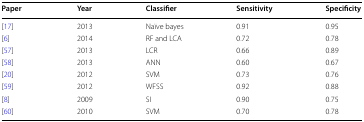
| Paper | Year | Classifier | Sensitivity | Specificity |
 | --- | --- | --- | --- | --- |
 | [17] | 2013 | Naïve bayes | 0.91 | 0.95 |
 | [6] | 2014 | RF and LCA | 0.72 | 0.78 |
 | [57] | 2013 | LCR | 0.66 | 0.89 |
 | [58] | 2013 | ANN | 0.60 | 0.67 |
 | [20] | 2012 | SVM | 0.73 | 0.76 |
 | [59] | 2012 | WFSS | 0.92 | 0.88 |
 | [8] | 2009 | SI | 0.90 | 0.75 |
 | [60] | 2010 | SVM | 0.70 | 0.78 |